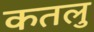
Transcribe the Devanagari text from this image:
कतलु